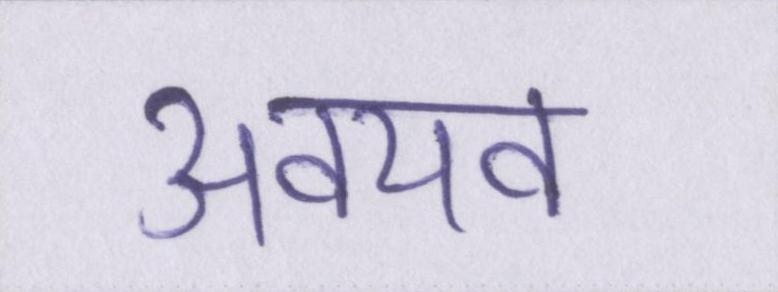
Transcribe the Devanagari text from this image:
अवयव